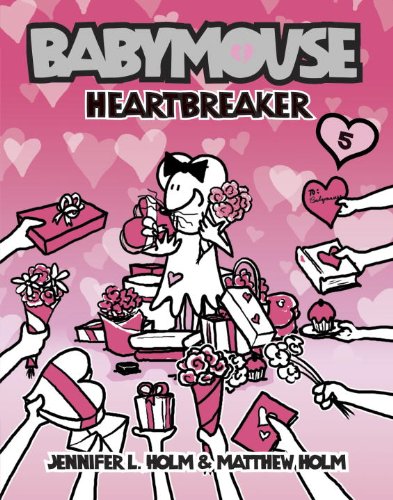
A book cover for Babymouse #5: Heartbreaker; Jennifer L. Holm; Children's Books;